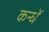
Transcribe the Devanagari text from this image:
कन्धें